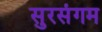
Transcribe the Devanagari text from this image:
सुरसंगम